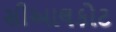
સીઆલકોટ